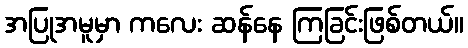
အပြုအမူမှာ ကလေး ဆန်နေ ကြခြင်းဖြစ်တယ်။